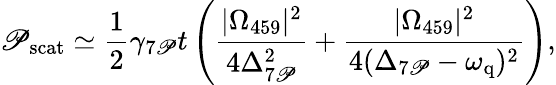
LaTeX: \mathscr{P}_{\mathrm{{scat}}}\simeq\frac{{1}}{{2}}\gamma_{7\mathrm{{\mathscr{P}}}}t\left(\frac{{|\Omega_{459}|^{2}}}{{4\Delta_{7\mathrm{{\mathscr{P}}}}^{2}}}+\frac{{|\Omega_{459}|^{2}}}{{4(\Delta_{7\mathrm{{\mathscr{P}}}}-\omega_{\mathrm{{q}}})^{2}}}\right),